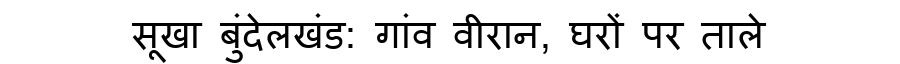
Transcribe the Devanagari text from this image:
सूखा बुंदेलखंड: गांव वीरान, घरों पर ताले